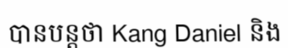
បានបន្តថា Kang Daniel និង